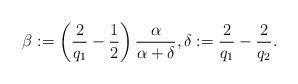
LaTeX: \begin{align*} \beta := \left(\frac 2 {q_1} - \frac{1}{2}\right)\frac{\alpha}{\alpha + \delta}, \delta := \frac 2 {q_1} - \frac 2 {q_2}.\end{align*}